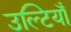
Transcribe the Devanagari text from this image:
उल्टियाँ